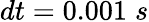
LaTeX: dt=0.001\; s